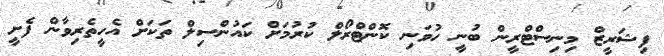
ފިޝަރީޒް މިނިސްޓްރީން ބުނީ ހުވަނި ކޮންޓްރޯލް ކުރުމަށް ކައުންސިލް ތަކަށް އެހީތެރިވާން ފެށީ